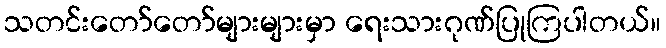
သတင်းတော်တော်များများမှာ ရေးသားဂုဏ်ပြုကြပါတယ်။